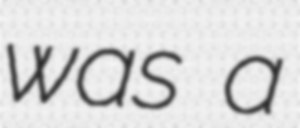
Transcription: was a